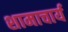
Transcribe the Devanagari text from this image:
शामाचार्य